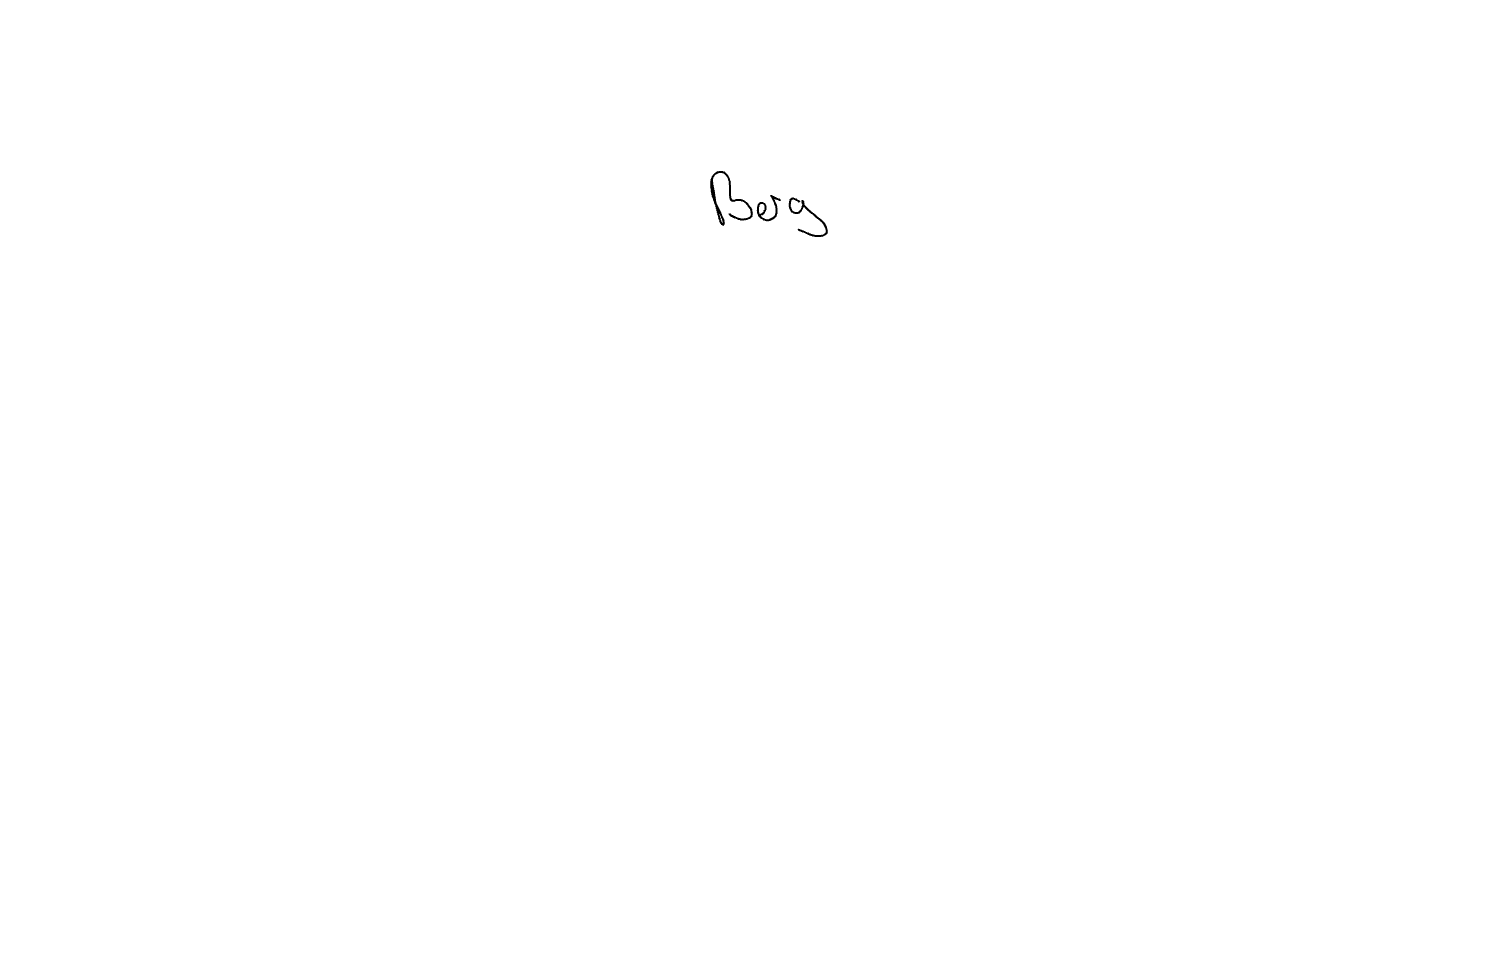
Text: Berg